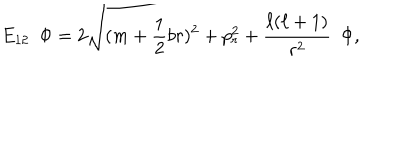
E _ { 1 2 } ~ ~ \Phi = 2 \sqrt { ( m + \frac { 1 } { 2 } b r ) ^ { 2 } + p _ { r } ^ { 2 } + \frac { \ell ( \ell + 1 ) } { r ^ { 2 } } } ~ ~ \Phi ,